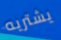
يشتريه